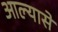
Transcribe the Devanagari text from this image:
आल्यासे